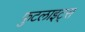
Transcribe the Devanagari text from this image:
फुटलाइट्स